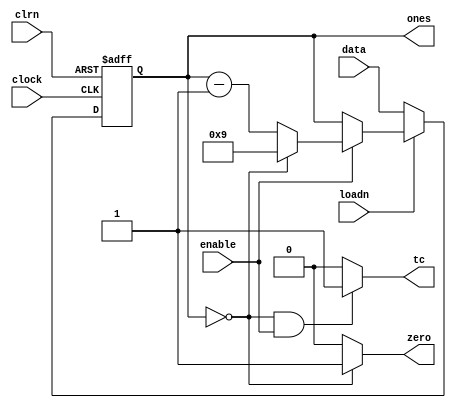
module Counter_MOD10 (
    input wire loadn, clrn, clock, enable,
    input wire [3:0] data,
    output reg [3:0] ones, 
    output reg tc, zero
);

    initial 
    begin
        ones <= 0;    
    end

    always @(posedge clock or negedge clrn) 
    begin
        if (!clrn)
            ones <= 4'b0000;
        else
        begin
            if (!loadn)
                ones <= data;
            else
            begin
                if (enable)
                begin
                    if (ones == 4'b0000)
                        ones <= 4'b1001;
                    else
                        ones <= ones - 1;
                end
            end
        end
    end

    always @(ones or enable)
    begin
        if (ones == 0)
            zero <= 1'b1;
        else
            zero <= 1'b0;
        if (ones == 0 && enable)
                tc <= 1'b1;
            else
                tc <= 1'b0;
    end
    
endmodule